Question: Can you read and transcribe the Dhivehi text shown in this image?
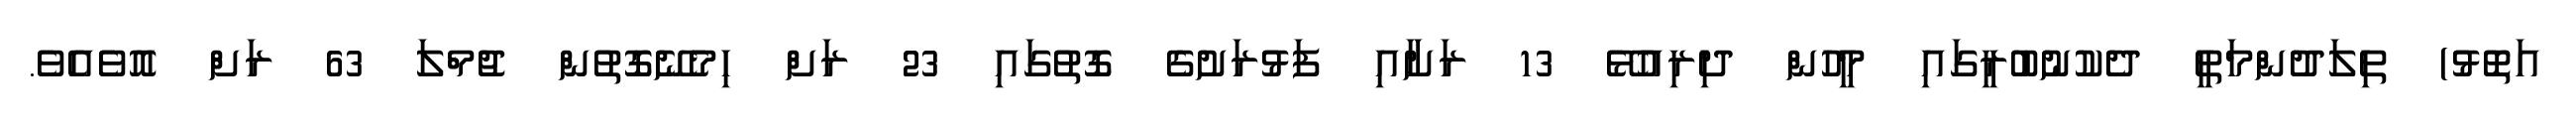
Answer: އަތޮޅު) ތިލަދުންމަތީ ދެކުނުބުރީގައި މީހުން ދިރިއުޅޭ 13 ރަށާއި ފަޅުރަށުގެ ގޮތުގައި 23 ރަށް ހިމެނޭގޮތުން ޖުމްލަ 63 ރަށް އޮވެއެވެ.